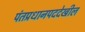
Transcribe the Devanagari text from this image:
पंतप्रधानपददेखील